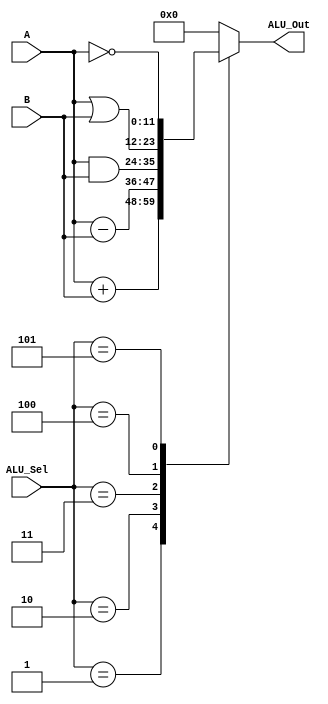
`timescale 1ns / 1ps

module alu(
  input [11:0] A,B,  // ALU 16-bit Inputs
  input [3:0] ALU_Sel,// ALU Selection
  output [11:0] ALU_Out // ALU 16-bit Output
);

  reg [12:0] ALU_Result;
  wire [12:0] tmp;
    assign ALU_Out = ALU_Result; // ALU out
    always @(*)
    begin
        case(ALU_Sel)
        4'b0001: // Addition
           ALU_Result = A + B ;
        4'b0010: // Subtraction
           ALU_Result = A - B ;
        4'b0011: // And
          	ALU_Result = A & B;
        4'b0100: // Or
          	ALU_Result = A | B;
        4'b0101: // Not
           ALU_Result = ~A;
        default: ALU_Result = 0;
        endcase
    end

endmodule